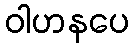
ဝါဟနပေ